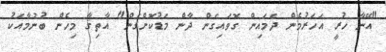
"އޭނާ ހުރީ އަހަރުމެން ދެމައިން ގޮވައިގެން ދާން މަޑުކޮށްގެން" އާތިޤާ މިހެން ބުނުމާއެކު